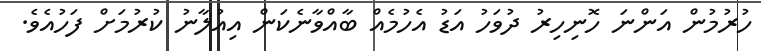
ހުރުމުން އަންނަ ހޮނިހިރު ދުވަހު އަޑު އެހުމެއް ބާއްވާނެކަން އިއުލާނު ކުރުމަށް ފަހުއެވެ.